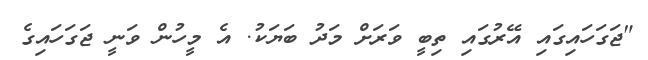
"ޖަގަހައިގައި އޭރުގައި ތިބީ ވަރަށް މަދު ބަޔަކު. އެ މީހުން ވަނީ ޖަގަހައިގެ